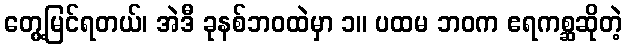
တွေ့မြင်ရတယ်၊ အဲဒီ ခုနစ်ဘဝထဲမှာ ၁။ ပထမ ဘဝက ဧရကစ္ဆဆိုတဲ့